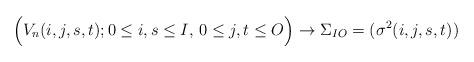
LaTeX: \begin{align*}\Bigl(V_n(i,j,s,t); 0\leq i,s \leq I,\,0\leq j,t \leq O\Bigr) \to\Sigma_{IO} =(\sigma^2(i,j,s,t))\end{align*}